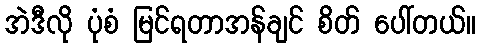
အဲဒီလို ပုံစံ မြင်ရတာအန်ချင် စိတ် ပေါ်တယ်။